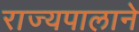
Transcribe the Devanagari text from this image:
राज्यपालाने